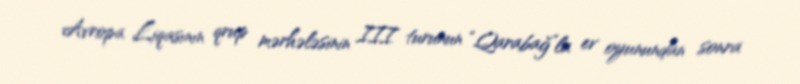
Avropa Liqasının qrup mərhələsinin III turunun “Qarabağ”la ev oyunundan sonra